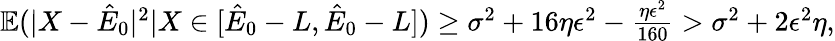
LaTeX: \begin{array}{r}{\mathbb{E}(|X-\hat{E}_{0}|^{2}|X\in[\hat{E}_{0}-L,\hat{E}_{0}-L])\geq\sigma^{2}+16\eta\epsilon^{2}-\frac{\eta\epsilon^{2}}{160}>\sigma^{2}+2\epsilon^{2}\eta,}\end{array}